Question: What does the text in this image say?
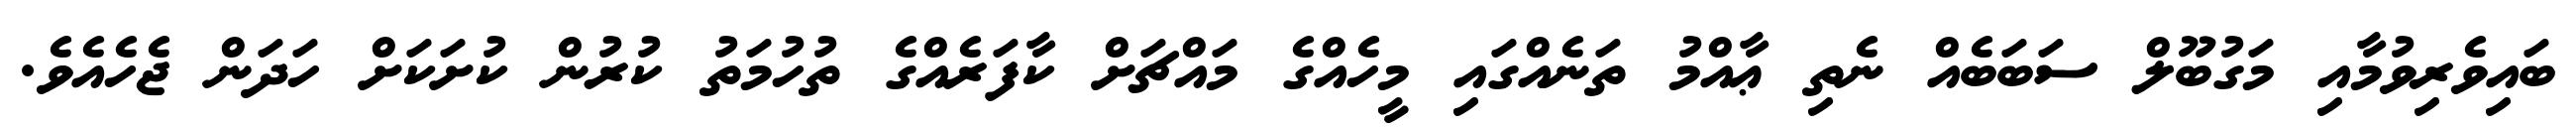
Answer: ބައިވެރިވުމާއި މަގުބޫލް ސަބަބެއް ނެތި ޢާއްމު ތަނެއްގައި މީހެއްގެ މައްޗަށް ކާފަރެއްގެ ތުހުމަތު ކުރުން ކުށަކަށް ހަދަން ޖެހެއެވެ.